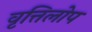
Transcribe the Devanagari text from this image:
वृत्तिलोप